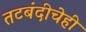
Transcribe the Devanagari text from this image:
तटबंदीचेही